331_120752_Numeric_Files_1944–1945_37153_German_Armament_Equipment_Documents
Agency: Department of War
Incident date: 3/18/45
Incident location: Germany
Page 4
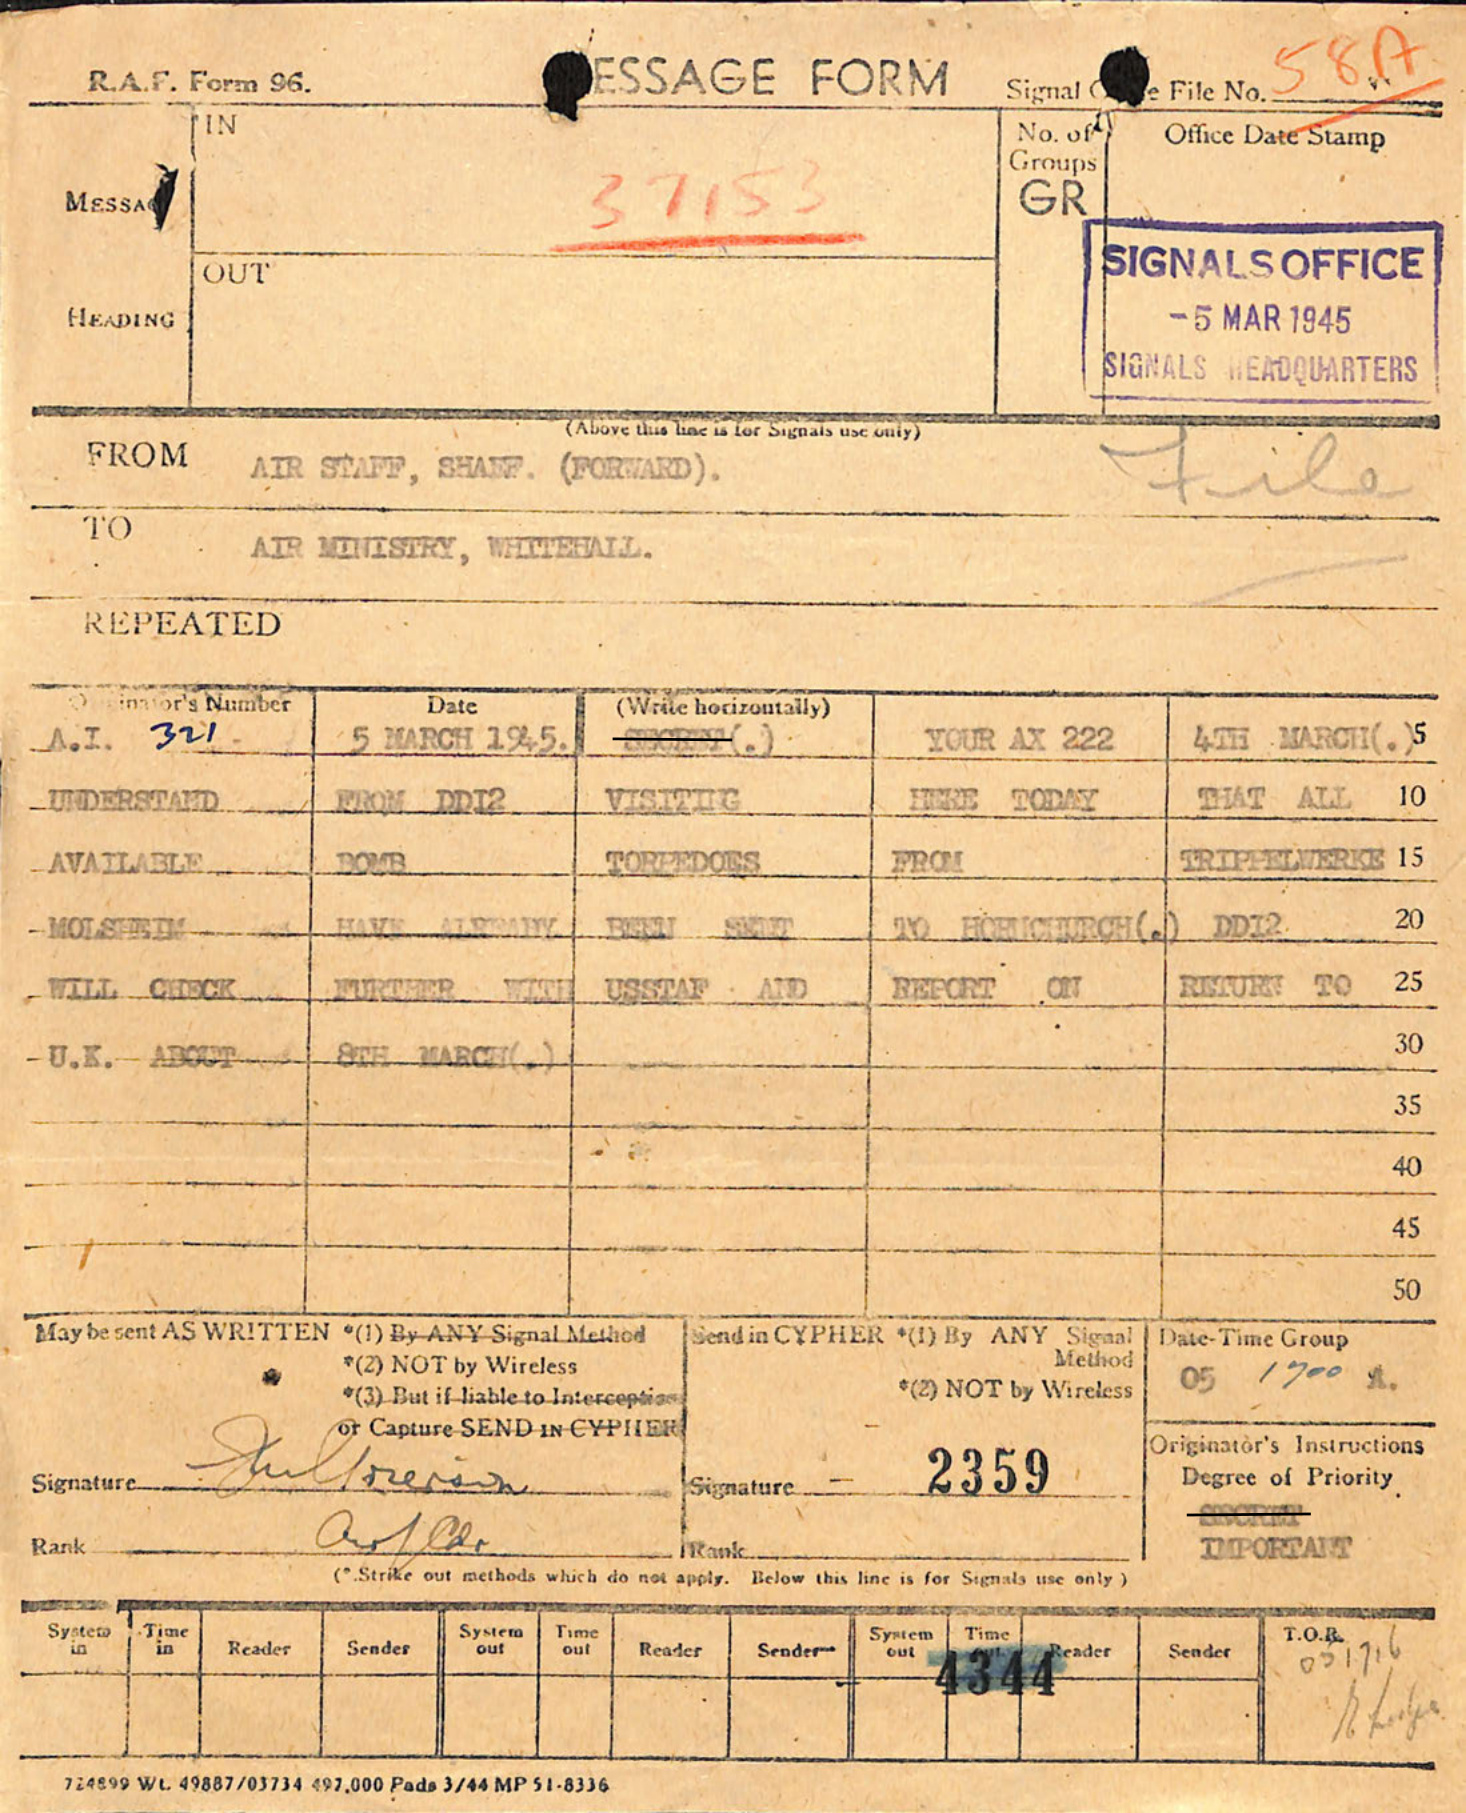